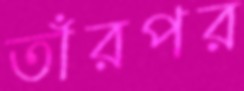
তাঁরপর